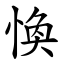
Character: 愌